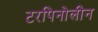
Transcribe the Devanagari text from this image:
टरपिनोलीन